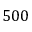
5 0 0